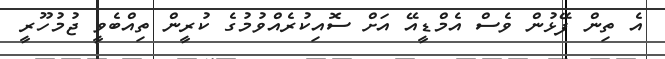
އެ ތިން ފޭޅުން ވެސް އެމްޑީއޭ އަށް ސޮއިކުރެއްވުމުގެ ކުރީން ތިއްބެވީ ޖުމުހޫރީ